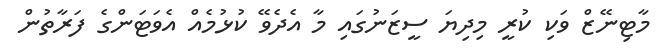
މާޓިނޭޒް ވަކި ކުރީ މިދިޔަ ސީޒަނުގައި މާ އެދެވޭ ކުޅުމެއް އެވަޓަންގެ ފަރާތުން